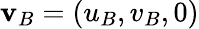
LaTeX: \mathbf{v}_{B}=(u_{B},v_{B},0)